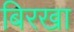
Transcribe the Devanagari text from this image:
बिरखा